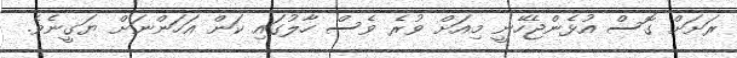
ރަށަށް ގޮސް އުޅެންޖެހޭނީ މިއަށް ވުރެ ވެސް ހާލުގައި ކަން އަހަންނަށް ޔަގީނެވެ.